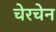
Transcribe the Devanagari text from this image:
चेरचेन